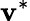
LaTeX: \mathbf{v}^{*}